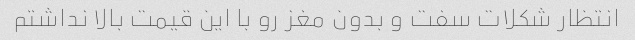
انتظار شکلات سفت و بدون مغز رو با این قیمت بالا نداشتم